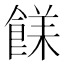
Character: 𩜣